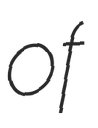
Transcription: of